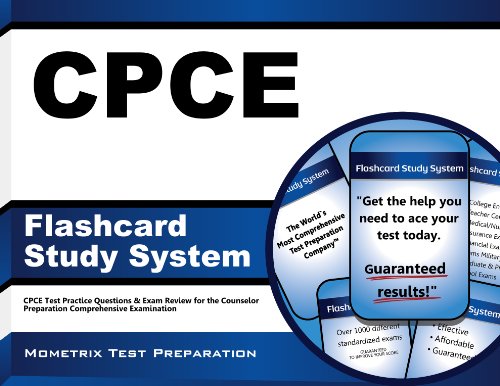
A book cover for CPCE Flashcard Study System: CPCE Test Practice Questions & Exam Review for the Counselor Preparation Comprehensive Examination (Cards); CPCE Exam Secrets Test Prep Team; Test Preparation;